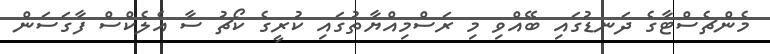
މެންޗެސްޓާގެ ދަނޑުގައި ބޭއްވި މި ރަސްމިއްޔާތުގައި ކުރީގެ ކޯޗު ސާ އެލެކްސް ފާގަސަން